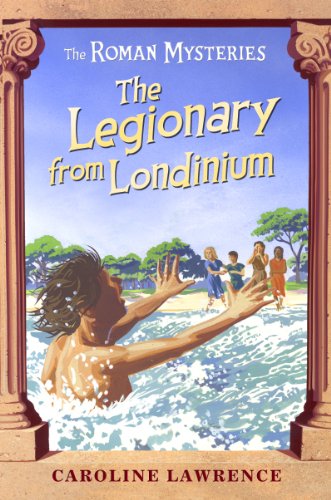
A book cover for The Legionary from Londinium and Other Mini-Mysteries (The Roman Mysteries); Caroline Lawrence; Teen & Young Adult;